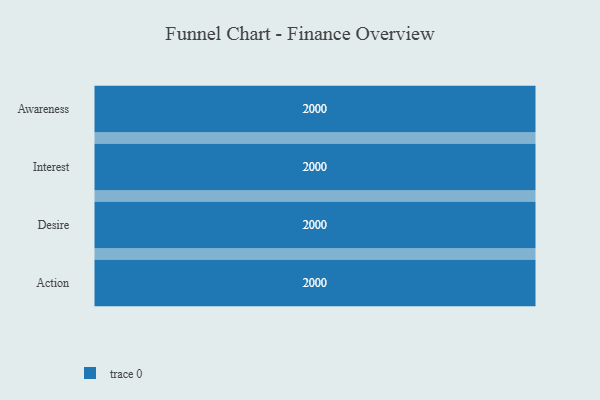
{"axis": {"x": "Stage", "y": "Value"}, "legend": [""], "data": [{"x": "Awareness", "y": 2000, "type": ""}, {"x": "Interest", "y": 2000, "type": ""}, {"x": "Desire", "y": 2000, "type": ""}, {"x": "Action", "y": 2000, "type": ""}]}